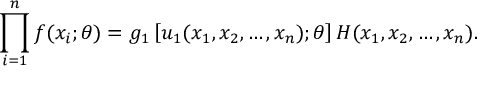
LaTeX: \prod _ { i = 1 } ^ { n } f ( x _ { i } ; \theta ) = g _ { 1 } \left[ u _ { 1 } ( x _ { 1 } , x _ { 2 } , \dots , x _ { n } ) ; \theta \right] H ( x _ { 1 } , x _ { 2 } , \dots , x _ { n } ) .